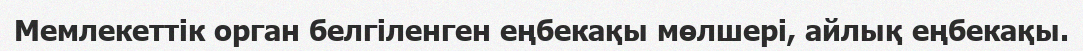
Мемлекеттік орган белгіленген еңбекақы мөлшері, айлық еңбекақы.